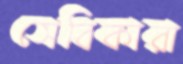
সেবিকারা